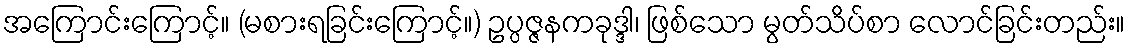
အကြောင်းကြောင့်။ (မစားရခြင်းကြောင့်။) ဥပ္ပဇ္ဇနကခုဒ္ဒါ၊ ဖြစ်သော မွတ်သိပ်စာ လောင်ခြင်းတည်း။